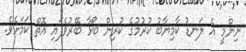
ނިންމީ އެ ލަނޑު ކާމިޔާބު ކުރުމުގެ ކުރިން ބޯޅާ ބޭރުވެފައި އޮތް ކަމަށެވެ.